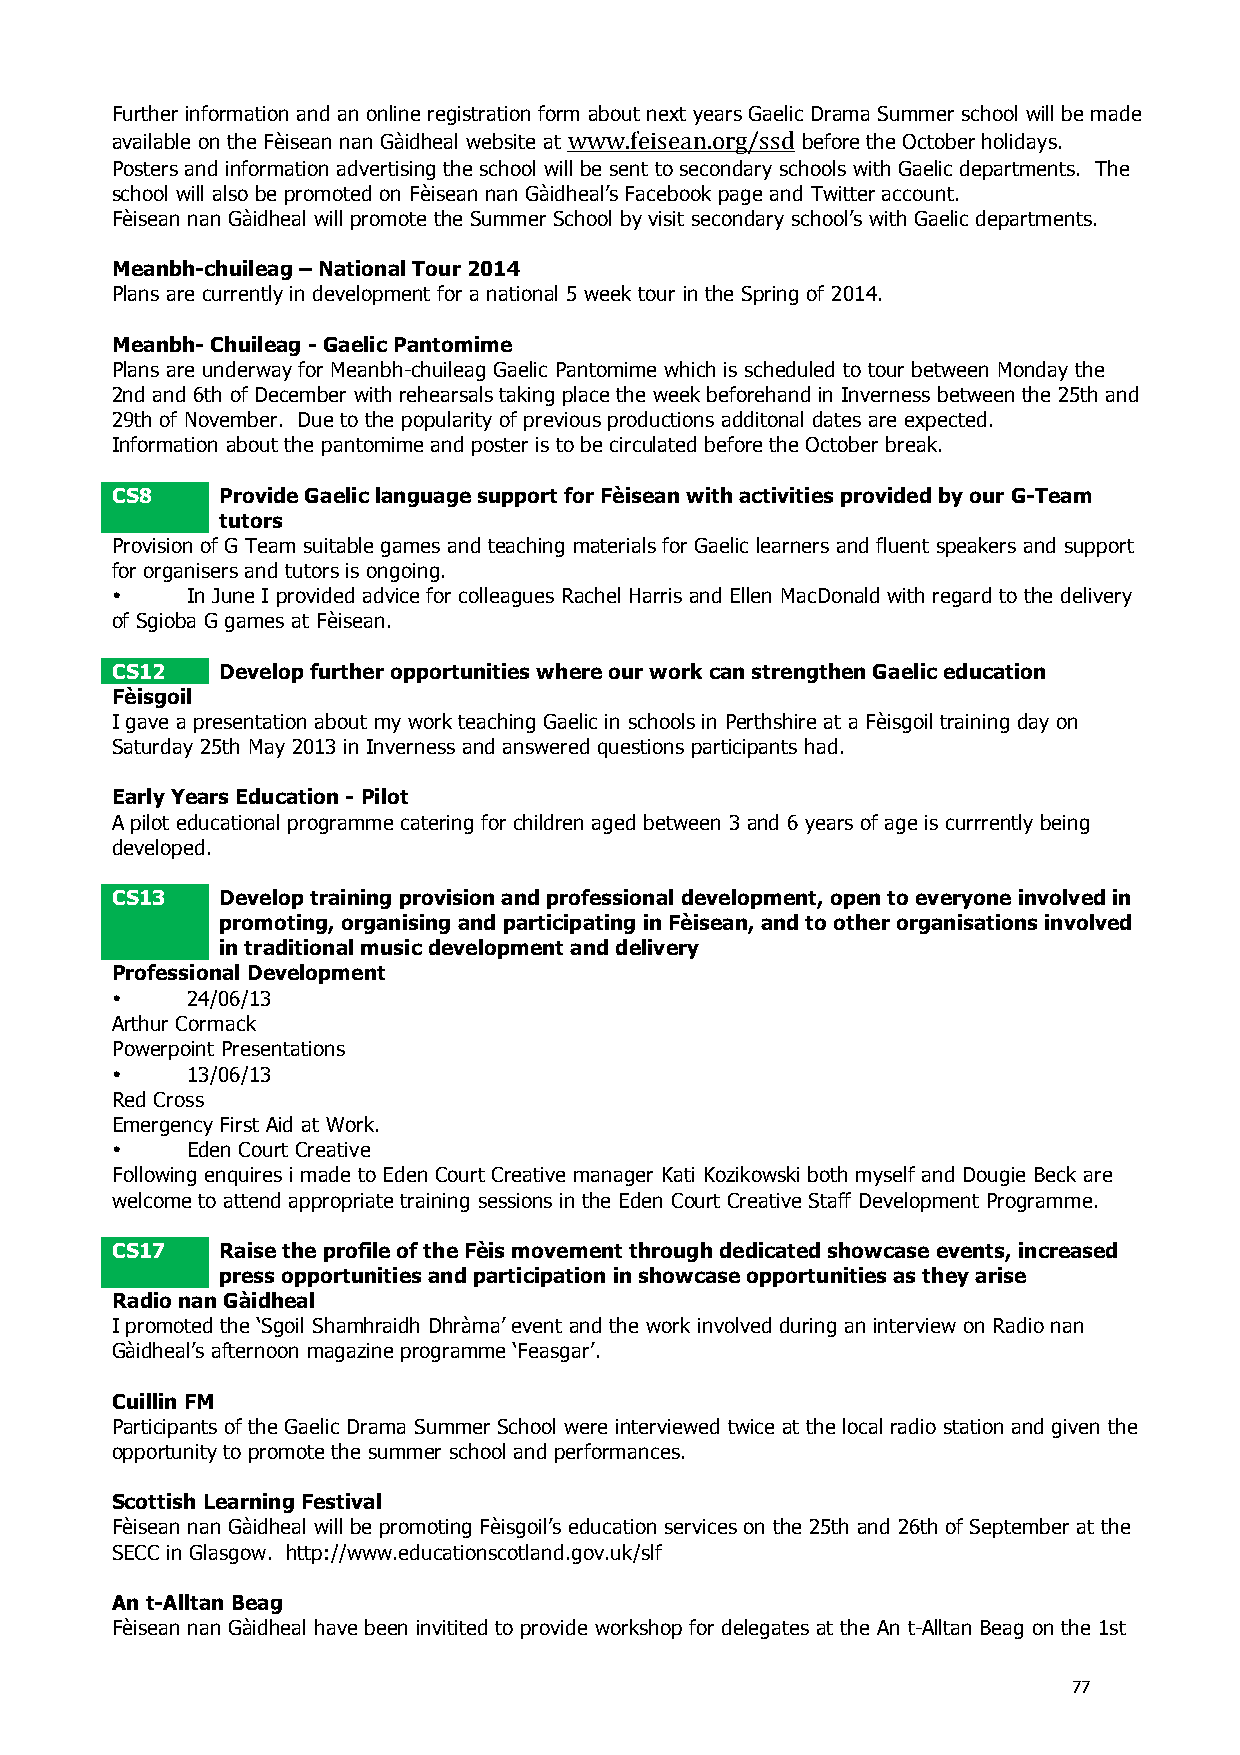
Further information and an online registration form about next years Gaelic Drama Summer school will be made
 available on the Fèisean nan Gàidheal website at www.feisean.org/ssd before the October holidays.
 Posters and information advertising the school will be sent to secondary schools with Gaelic departments. The
 school will also be promoted on Fèisean nan Gàidheal’s Facebook page and Twitter account.
 Fèisean nan Gàidheal will promote the Summer School by visit secondary school’s with Gaelic departments.
 Meanbh-chuileag – National Tour 2014
 Plans are currently in development for a national 5 week tour in the Spring of 2014.
 Meanbh- Chuileag - Gaelic Pantomime
 Plans are underway for Meanbh-chuileag Gaelic Pantomime which is scheduled to tour between Monday the
 2nd and 6th of December with rehearsals taking place the week beforehand in Inverness between the 25th and
 29th of November. Due to the popularity of previous productions additonal dates are expected.
 Information about the pantomime and poster is to be circulated before the October break.
 CS8    Provide Gaelic language support for Fèisean with activities provided by our G-Team
 tutors
 Provision of G Team suitable games and teaching materials for Gaelic learners and fluent speakers and support
 for organisers and tutors is ongoing.
 •    In June I provided advice for colleagues Rachel Harris and Ellen MacDonald with regard to the delivery
 of Sgioba G games at Fèisean.
 CS12   Develop further opportunities where our work can strengthen Gaelic education
 Fèisgoil
 I gave a presentation about my work teaching Gaelic in schools in Perthshire at a Fèisgoil training day on
 Saturday 25th May 2013 in Inverness and answered questions participants had.
 Early Years Education - Pilot
 A pilot educational programme catering for children aged between 3 and 6 years of age is currrently being
 developed.
 CS13   Develop training provision and professional development, open to everyone involved in
 promoting, organising and participating in Fèisean, and to other organisations involved
 in traditional music development and delivery
 Professional Development
 •    24/06/13
 Arthur Cormack
 Powerpoint Presentations
 •    13/06/13
 Red Cross
 Emergency First Aid at Work.
 •    Eden Court Creative
 Following enquires i made to Eden Court Creative manager Kati Kozikowski both myself and Dougie Beck are
 welcome to attend appropriate training sessions in the Eden Court Creative Staff Development Programme.
 CS17   Raise the profile of the Fèis movement through dedicated showcase events, increased
 press opportunities and participation in showcase opportunities as they arise
 Radio nan Gàidheal
 I promoted the ‘Sgoil Shamhraidh Dhràma’ event and the work involved during an interview on Radio nan
 Gàidheal’s afternoon magazine programme ‘Feasgar’.
 Cuillin FM
 Participants of the Gaelic Drama Summer School were interviewed twice at the local radio station and given the
 opportunity to promote the summer school and performances.
 Scottish Learning Festival
 Fèisean nan Gàidheal will be promoting Fèisgoil’s education services on the 25th and 26th of September at the
 SECC in Glasgow. http://www.educationscotland.gov.uk/slf
 An t-Alltan Beag
 Fèisean nan Gàidheal have been invitited to provide workshop for delegates at the An t-Alltan Beag on the 1st
 77